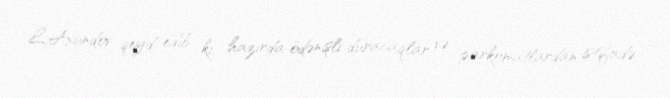
L.Axundov qeyd edib ki, hazırda ödənişli duracaqlar və parkomatlardan istifadə